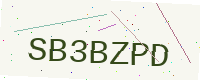
Text: SB3BZPD